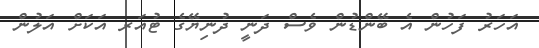
އަހަރު ފަހުން އެ ބޭންޑުން ވެސް ދަނީ ދުނިޔޭގެ ޓުއަރ އަކަށް އަލުން